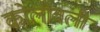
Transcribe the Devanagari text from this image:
कोलीवली